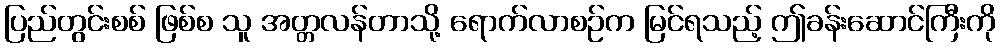
ပြည်တွင်းစစ် ဖြစ်စ သူ အတ္တလန်တာသို့ ရောက်လာစဉ်က မြင်ရသည့် ဤခန်းဆောင်ကြီးကို